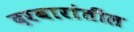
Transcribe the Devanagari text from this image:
दरबारांतील